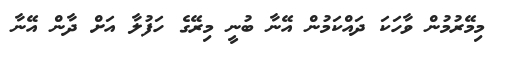
މިމޭރުމުން ވާހަކަ ދައްކަމުން އޭނާ ބުނީ މިރޭގެ ހަފުލާ އަށް ދާން އޭނާ